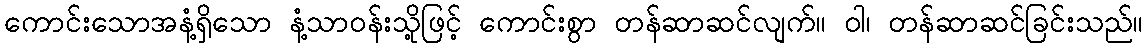
ကောင်းသောအနံ့ရှိသော နံ့သာဝန်းသို့ဖြင့် ကောင်းစွာ တန်ဆာဆင်လျက်။ ဝါ၊ တန်ဆာဆင်ခြင်းသည်။